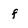
Character: f